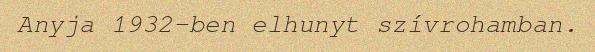
Anyja 1932-ben elhunyt szívrohamban.